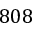
8 0 8